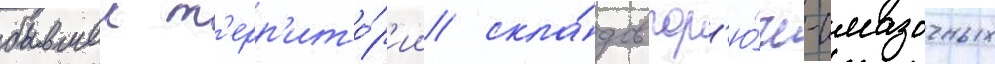
бывшеи т'ерр'ито́р'ии скла́дов гор'ю́че-смазочных